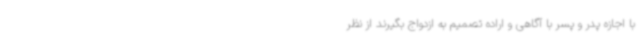
با اجازه پدر و پسر با آگاهی و اراده تصمیم به ازدواج بگیرند از نظر